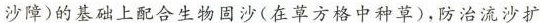
沙障)的基础上配合生物固沙(在草方格中种草)，防治流沙扩